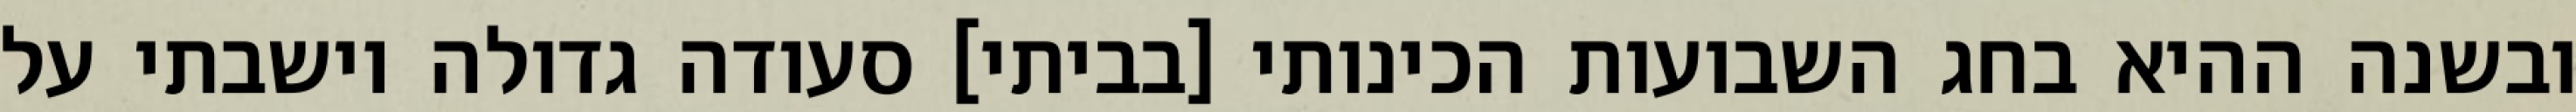
ובשנה ההיא בחג השבועות הכינותי [בביתי] סעודה גדולה וישבתי על